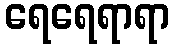
ရေရေရာရာ